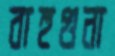
বাহুগুনা